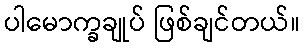
ပါမောက္ခချုပ် ဖြစ်ချင်တယ်။